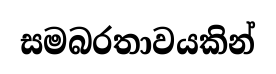
සමබරතාවයකින්